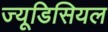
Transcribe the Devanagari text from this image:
ज्यूडिसियल